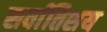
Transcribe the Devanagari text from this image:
सर्वातिशय